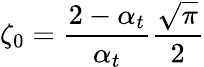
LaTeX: \zeta_{0}=\frac{2-\alpha_{t}}{\alpha_{t}}\frac{\sqrt{\pi}}{2}